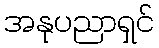
အနုပညာရှင်